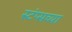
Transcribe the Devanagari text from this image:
स्टंप्सच्या